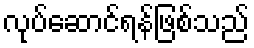
လုပ်ဆောင်ရန်ဖြစ်သည်